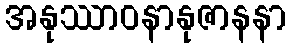
အနုဿာဝနာနုဇာနနာ